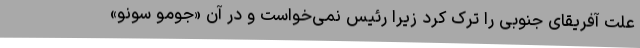
علت آفریقای جنوبی را ترک کرد زیرا رئیس نمی‌خواست و در آن «جومو سونو»